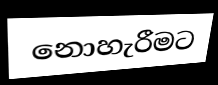
නොහැරීමට